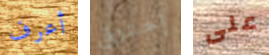
أعرف إحترق على